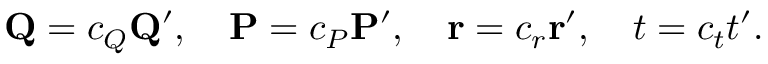
{ \bf Q } = c _ { Q } { \bf Q } ^ { \prime } , \quad { \bf P } = c _ { P } { \bf P } ^ { \prime } , \quad { \bf r } = c _ { r } { \bf r } ^ { \prime } , \quad t = c _ { t } t ^ { \prime } .